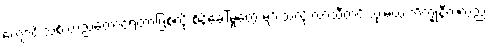
ကျောင်းသစ် တည်ထောင်ရတာဖြစ်လို့ စိန်ခေါ်မှုတွေ များသလို လာသီတင်းသုံးမယ့် ဘိက္ခုနီကလည်း